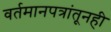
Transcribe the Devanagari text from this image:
वर्तमानपत्रांतूनही